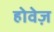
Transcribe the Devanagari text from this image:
होवेज़